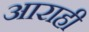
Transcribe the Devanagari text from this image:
आराही